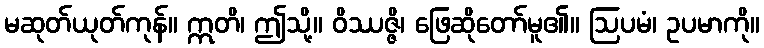
မဆုတ်ယုတ်ကုန်။ ဣတိ၊ ဤသို့။ ဝိဿဇ္ဇိ၊ ဖြေဆိုတော်မူ၏။ ဩပမံ၊ ဥပမာကို။